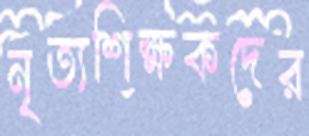
নৃত্যশিক্ষকদের